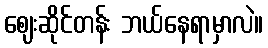
ဈေးဆိုင်တန်း ဘယ်နေရာမှာလဲ။